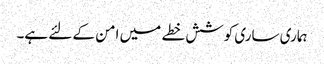
ہماری ساری کوشش خطے میں امن کے لئے ہے۔